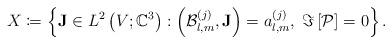
LaTeX: \begin{align*}X\coloneqq\left\{\mathbf{J}\in L^{2}\left(V;\mathbb{C}^{3}\right):\left(\mathcal{B}_{l,m}^{(j)},\mathbf{J}\right)=a_{l,m}^{(j)},\;\Im\left[\mathcal{P}\right]=0\right\}.\end{align*}